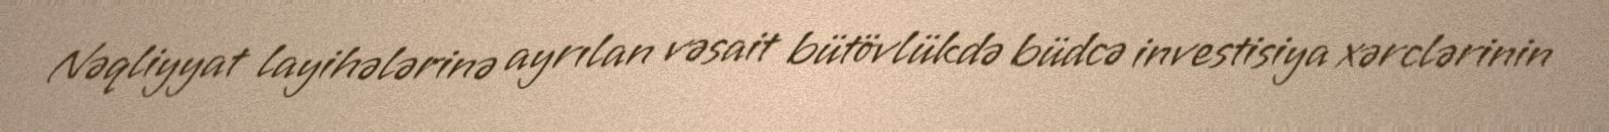
Nəqliyyat layihələrinə ayrılan vəsait bütövlükdə büdcə investisiya xərclərinin